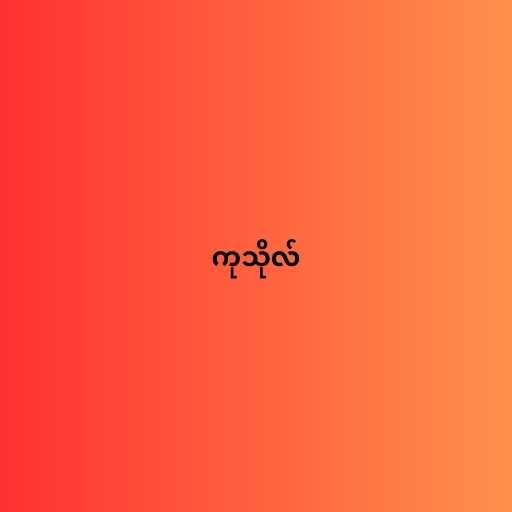
ကုသိုလ်